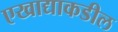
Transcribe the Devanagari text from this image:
एखाद्याकडील